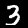
Digit: 3